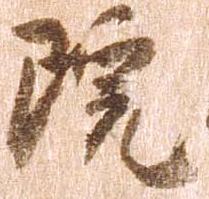
院